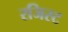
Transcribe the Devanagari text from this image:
रजिस्ट